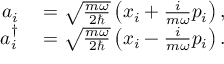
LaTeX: \begin{array} { r l } { a _ { i } } & { { } = { \sqrt { \frac { m \omega } { 2 \hbar } } } \left( x _ { i } + { \frac { i } { m \omega } } p _ { i } \right) , } \\ { a _ { i } ^ { \dagger } } & { { } = { \sqrt { \frac { m \omega } { 2 \hbar } } } \left( x _ { i } - { \frac { i } { m \omega } } p _ { i } \right) . } \end{array}